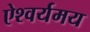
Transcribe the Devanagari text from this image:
ऐश्वर्यमय